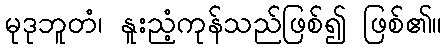
မုဒုဘူတံ၊ နူးညံ့ကုန်သည်ဖြစ်၍ ဖြစ်၏။